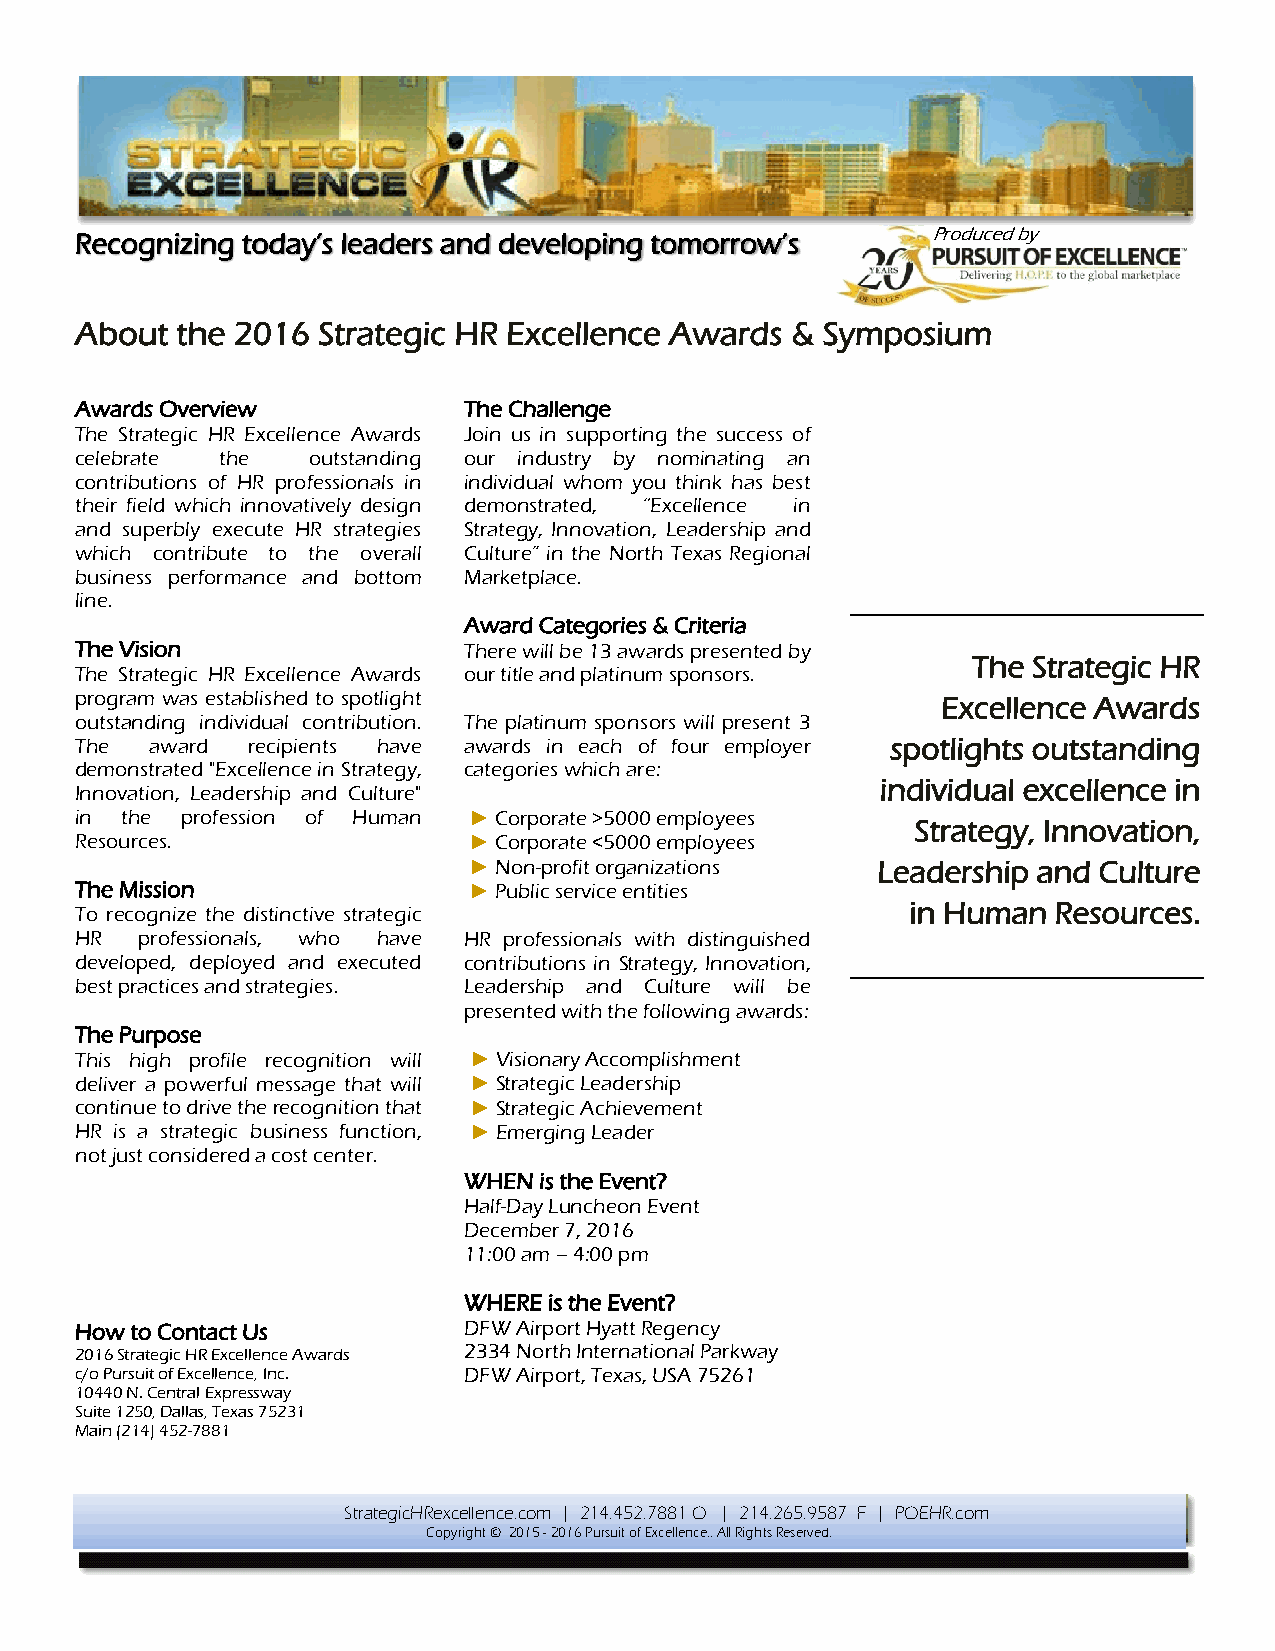
Recognizing today’s leaders and developing tomorrow’s    Produced by
 About  the 2016 Strategic HR Excellence Awards & Symposium
 Awards Overview           The Challenge
 The Strategic HR Excellence Awards Join us in supporting the success of
 celebrate the  outstanding our industry by nominating an
 contributions of HR professionals in individual whom you think has best
 their field which innovatively design demonstrated, “Excellence in
 and superbly execute HR strategies Strategy, Innovation, Leadership and
 which contribute to the overall Culture” in the North Texas Regional
 business performance and bottom Marketplace.
 line.
 Award Categories & Criteria
 The Vision                There will be 13 awards presented by
 The Strategic HR
 The Strategic HR Excellence Awards our title and platinum sponsors.
 program was established to spotlight                     Excellence Awards
 outstanding individual contribution. The platinum sponsors will present 3
 The  award recipients have awards in each of four employer spotlights outstanding
 demonstrated "Excellence in Strategy, categories which are:
 individual excellence in
 Innovation, Leadership and Culture"
 in the profession of Human ► Corporate >5000 employees
 Strategy, Innovation,
 Resources.                ► Corporate <5000 employees
 ► Non-profit organizations Leadership and Culture
 The Mission               ► Public service entities
 To recognize the distinctive strategic                 in Human  Resources.
 HR  professionals, who have HR professionals with distinguished
 developed, deployed and executed contributions in Strategy, Innovation,
 best practices and strategies. Leadership and Culture will be
 presented with the following awards:
 The Purpose
 This high profile recognition will ► Visionary Accomplishment
 deliver a powerful message that will ► Strategic Leadership
 continue to drive the recognition that ► Strategic Achievement
 HR is a strategic business function, ► Emerging Leader
 not just considered a cost center.
 WHEN is the Event?
 Half-Day Luncheon Event
 December 7, 2016
 11:00 am – 4:00 pm
 WHERE is the Event?
 How to Contact Us         DFW Airport Hyatt Regency
 2016 Strategic HR Excellence Awards 2334 North International Parkway
 c/o Pursuit of Excellence, Inc. DFW Airport, Texas, USA 75261
 10440 N. Central Expressway
 Suite 1250, Dallas, Texas 75231
 Main (214) 452-7881
 StrategicHRexcellence.com | 214.452.7881 O | 214.265.9587 F | POEHR.com
 Copyright © 2015 - 2016 Pursuit of Excellence.. All Rights Reserved.
 All rights reserved.